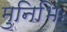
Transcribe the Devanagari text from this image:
मुनिभिः